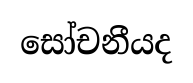
සෝචනීයද